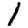
Digit: 1